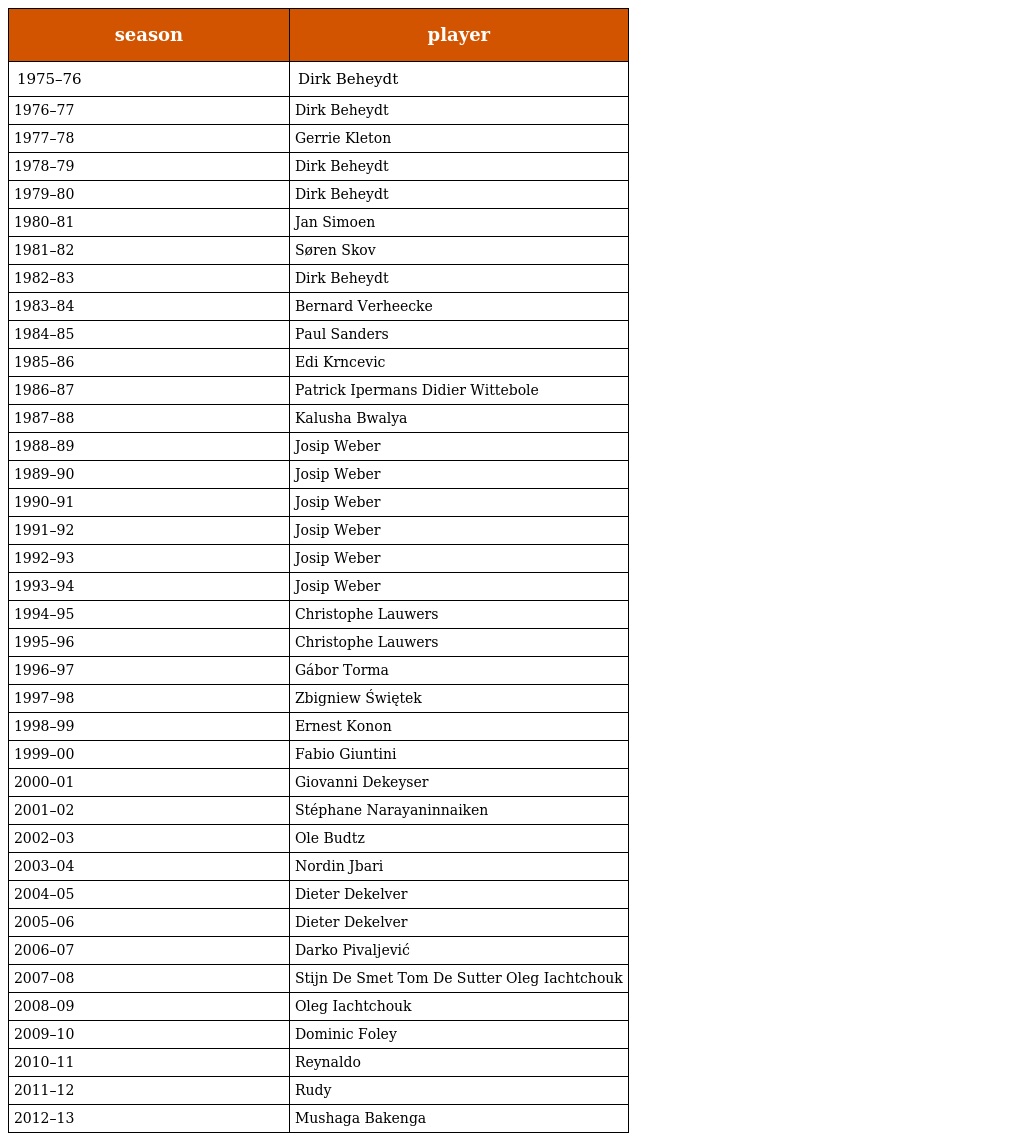
| season | player |
 | --- | --- |
 | 1975–76 | Dirk Beheydt |
 | 1976–77 | Dirk Beheydt |
 | 1977–78 | Gerrie Kleton |
 | 1978–79 | Dirk Beheydt |
 | 1979–80 | Dirk Beheydt |
 | 1980–81 | Jan Simoen |
 | 1981–82 | Søren Skov |
 | 1982–83 | Dirk Beheydt |
 | 1983–84 | Bernard Verheecke |
 | 1984–85 | Paul Sanders |
 | 1985–86 | Edi Krncevic |
 | 1986–87 | Patrick Ipermans Didier Wittebole |
 | 1987–88 | Kalusha Bwalya |
 | 1988–89 | Josip Weber |
 | 1989–90 | Josip Weber |
 | 1990–91 | Josip Weber |
 | 1991–92 | Josip Weber |
 | 1992–93 | Josip Weber |
 | 1993–94 | Josip Weber |
 | 1994–95 | Christophe Lauwers |
 | 1995–96 | Christophe Lauwers |
 | 1996–97 | Gábor Torma |
 | 1997–98 | Zbigniew Świętek |
 | 1998–99 | Ernest Konon |
 | 1999–00 | Fabio Giuntini |
 | 2000–01 | Giovanni Dekeyser |
 | 2001–02 | Stéphane Narayaninnaiken |
 | 2002–03 | Ole Budtz |
 | 2003–04 | Nordin Jbari |
 | 2004–05 | Dieter Dekelver |
 | 2005–06 | Dieter Dekelver |
 | 2006–07 | Darko Pivaljević |
 | 2007–08 | Stijn De Smet Tom De Sutter Oleg Iachtchouk |
 | 2008–09 | Oleg Iachtchouk |
 | 2009–10 | Dominic Foley |
 | 2010–11 | Reynaldo |
 | 2011–12 | Rudy |
 | 2012–13 | Mushaga Bakenga |